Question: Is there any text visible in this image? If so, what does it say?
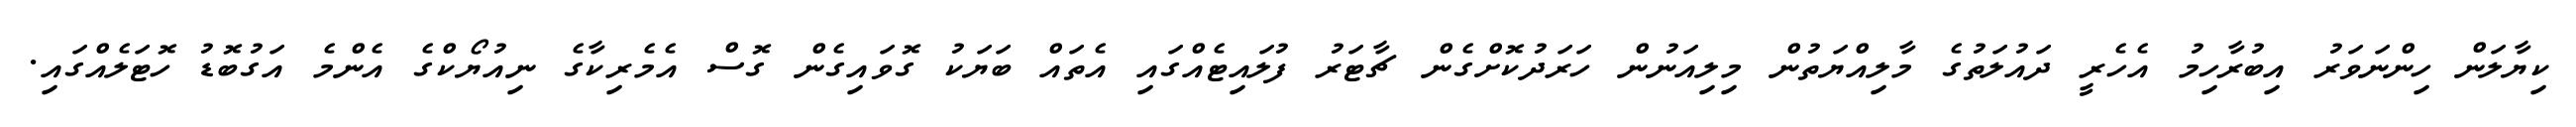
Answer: ކިޔާލަން ހިންނަވަރު އިބުރާހިމު އެހެރީ ދައުލަތުގެ މާލިއްޔަތުން މިލިއަނުން ހަރަދުކޮށްގެން ޗާޓަރު ފުލައިޓެއްގައި އެތައް ބަޔަކު ގޮވައިގެން ގޮސް އެމެރިކާގެ ނިއުޔޯކްގެ އެންމެ އަގުބޮޑު ހޮޓަލެއްގައި.